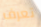
تعرف